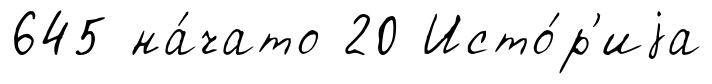
645 на́чато 20 Исто́р'иjа